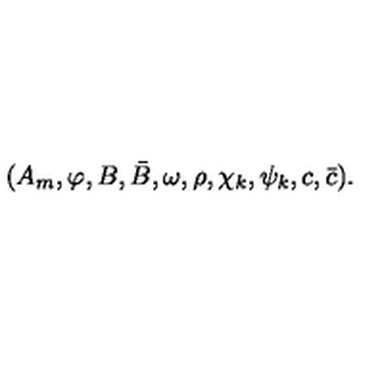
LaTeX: ( A _ { m } , \varphi , B , \bar { B } , \omega , \rho , { \chi } _ { k } , { \psi } _ { k } , c , \bar { c } ) .